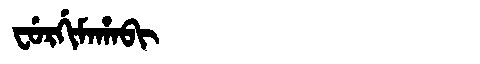
Manchu: ᠸᡠᡵᡤᡳᠮᠠᡥᠠᠪᡳ
Romanization: FURGIMAHABI